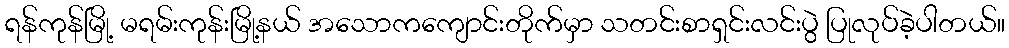
ရန်ကုန်မြို့ မရမ်းကုန်းမြို့နယ် အသောကကျောင်းတိုက်မှာ သတင်းစာရှင်းလင်းပွဲ ပြုလုပ်ခဲ့ပါတယ်။